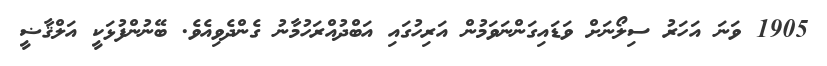
1905 ވަނަ އަހަރު ސިލޯނަށް ވަޑައިގަންނަވަމުން އަރިހުގައި އަބްދުއްރަހުމާނު ގެންދެވިއެވެ. ބޭނުންފުޅަކީ އަލްޤާޟީ